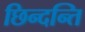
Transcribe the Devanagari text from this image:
छिन्दन्ति